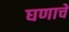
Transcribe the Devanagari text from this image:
घणाचे